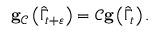
\begin{array} { r } { \mathbf { g } _ { \mathcal { C } } \left( \widehat { \Gamma } _ { t + \varepsilon } \right) = \mathcal { C } \mathbf { g } \left( \widehat { \Gamma } _ { t } \right) . } \end{array}